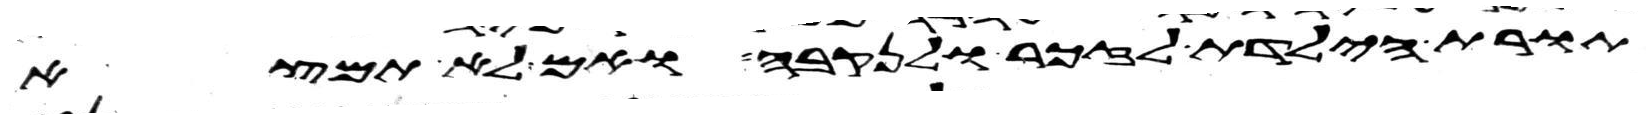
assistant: תורת הילדת לזכר ולנקבה ואם לא תמצא